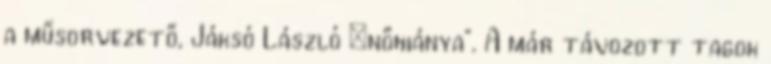
a műsorvezető, Jáksó László „nőhiánya”. A már távozott tagok